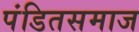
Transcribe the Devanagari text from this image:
पंडितसमाज